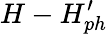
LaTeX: H-H_{ph}^{\prime}